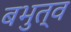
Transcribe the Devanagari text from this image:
बभुत्व